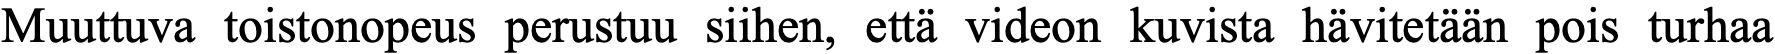
Muuttuva toistonopeus perustuu siihen, että videon kuvista hävitetään pois turhaa